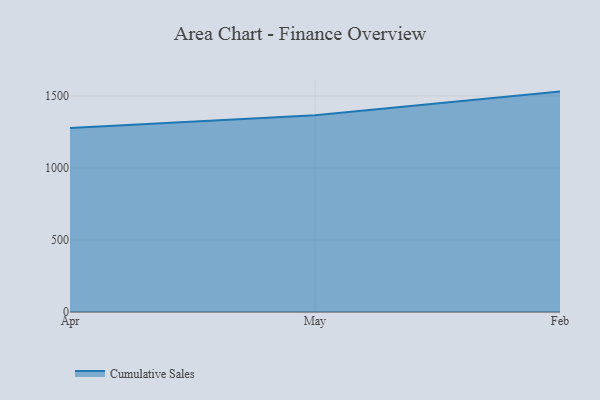
{"axis": {"x": "Month", "y": "Backlog"}, "legend": ["Cumulative Sales"], "data": [{"x": "Apr", "y": 1278.1, "type": "Cumulative Sales"}, {"x": "May", "y": 1366.3, "type": "Cumulative Sales"}, {"x": "Feb", "y": 1530.0, "type": "Cumulative Sales"}]}